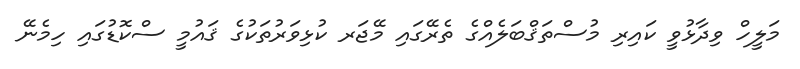
މަލީހް ވިދާޅުވީ ކައިރި މުސްތަޤްބަލެއްގެ ތެރޭގައި މޭޖަރ ކުޅިވަރުތަކުގެ ޤައުމީ ސްކޮޑުގައި ހިމެނޭ